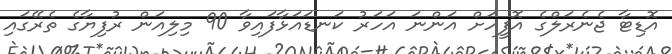
އޮޑިޓާ ޖެނެރަލްގެ އޮފީހަށް އަންނަ އަހަރު ކަނޑައަޅާފައިވާ 90 މިލިއަން ރުފިޔާގެ ތެރޭގައި